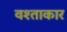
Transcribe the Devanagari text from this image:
वश्ताकार